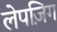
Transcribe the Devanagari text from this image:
लेपज़िग